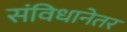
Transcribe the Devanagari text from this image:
संविधानेतर